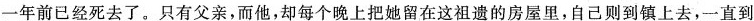
一年前已经死去了。只有父亲，而他，却每个我上把她留在这祖遗的房屋里，自己则到镇上去，一直到